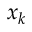
x _ { k }